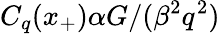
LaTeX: C_{q}(x_{+})\alpha G/(\beta^{2}q^{2})